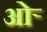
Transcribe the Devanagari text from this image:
ओर्‍